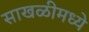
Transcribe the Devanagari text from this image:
साखळीमध्ये